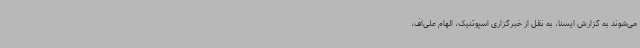
می‌شوند به گزارش ایسنا، به نقل از خبرگزاری اسپوتنیک، الهام علی‌اف،